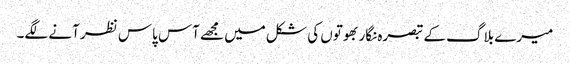
میرے بلاگ کے تبصرہ نگار بھوتوں کی شکل میں مجھے آس پاس نظر آنے لگے۔